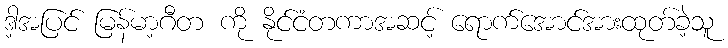
ဒါ့အပြင် မြန်မာ့ဂီတ ကို နိုင်ငံတကာအဆင့် ရောက်အောင်အားထုတ်ခဲ့သူ